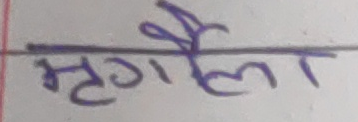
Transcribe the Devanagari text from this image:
मृगैला